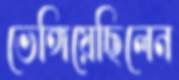
ভেঙ্গিয়েছিলেন